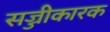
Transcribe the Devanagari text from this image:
सज्जीकारक